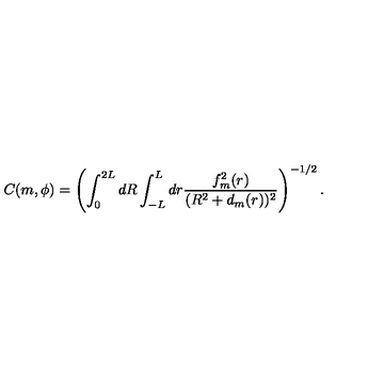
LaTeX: C ( m , { \phi } ) = \left( \int _ { 0 } ^ { 2 L } d R \int _ { - L } ^ { L } d r \frac { f _ { m } ^ { 2 } ( r ) } { ( R ^ { 2 } + d _ { m } ( r ) ) ^ { 2 } } \right) ^ { - 1 / 2 } .